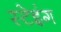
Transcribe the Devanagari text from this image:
स्टेइंग